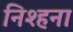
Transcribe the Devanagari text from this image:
निश्हना